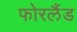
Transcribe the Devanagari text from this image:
फोरलैंड